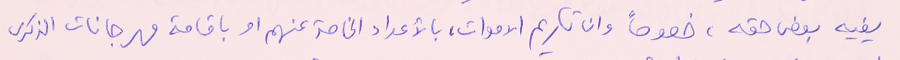
يفيه بعض حقه، خصوصاً وان تكريم الاموات، بالأعداد الخاصة عنهم او باقامة مهرجانات الذكرى